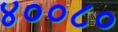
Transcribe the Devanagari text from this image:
४००८०